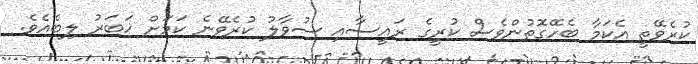
ކުރެވޭތީ އެކަމާ ބެހޭގޮތުންވެސް ކުރީގެ ރައީސާއި ސުވާލު ކުރެވޭނެ ކަމަށް ޚަބަރު ލިބެއެވެ.